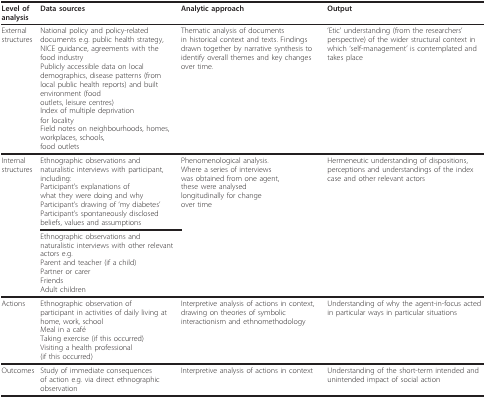
<table><thead><tr><td><b>Level of analysis</b></td><td><b>Data sources</b></td><td><b>Analytic approach</b></td><td><b>Output</b></td></tr></thead><tbody><tr><td>External structures</td><td>National policy and policy-related documents e.g. public health strategy, NICE guidance, agreements with thefood industryPublicly accessible data on local demographics, disease patterns (from local public health reports) and built environment (foodoutlets, leisure centres)Index of multiple deprivationfor localityField notes on neighbourhoods, homes, workplaces, schools,food outlets</td><td>Thematic analysis of documentsin historical context and texts. Findings drawn together by narrative synthesis to identify overall themes and key changes over time.</td><td>&#x27;Etic&#x27; understanding (from the researchers&#x27; perspective) of the wider structural context in which &#x27;self-management&#x27; is contemplated and takes place</td></tr><tr><td>Internal structures</td><td>Ethnographic observations and naturalistic interviews with participant, including:Participant&#x27;s explanations ofwhat they were doing and whyParticipant&#x27;s drawing of &#x27;my diabetes&#x27;Participant&#x27;s spontaneously disclosed beliefs, values and assumptions</td><td>Phenomenological analysis.Where a series of interviewswas obtained from one agent,these were analysedlongitudinally for changeover time</td><td>Hermeneutic understanding of dispositions, perceptions and understandings of the index case and other relevant actors</td></tr><tr><td></td><td>Ethnographic observations and naturalistic interviews with other relevant actors e.g.Parent and teacher (if a child)Partner or carerFriendsAdult children</td><td></td><td></td></tr><tr><td>Actions</td><td>Ethnographic observation ofparticipant in activities of daily living at home, work, schoolMeal in a caféTaking exercise (if this occurred)Visiting a health professional(if this occurred)</td><td>Interpretive analysis of actions in context, drawing on theories of symbolic interactionism and ethnomethodology</td><td>Understanding of why the agent-in-focus acted in particular ways in particular situations</td></tr><tr><td>Outcomes</td><td>Study of immediate consequencesof action e.g. via direct ethnographic observation</td><td>Interpretive analysis of actions in context</td><td>Understanding of the short-term intended and unintended impact of social action</td></tr></tbody></table>